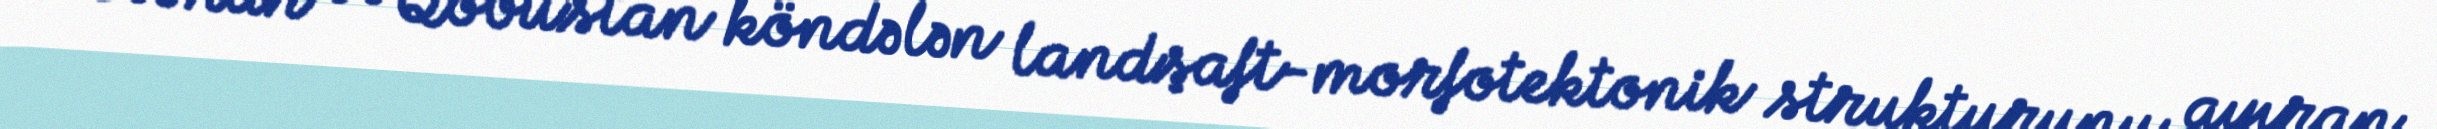
Dibrar və Qobustan köndələn landşaft-morfotektonik strukturunu ayıran